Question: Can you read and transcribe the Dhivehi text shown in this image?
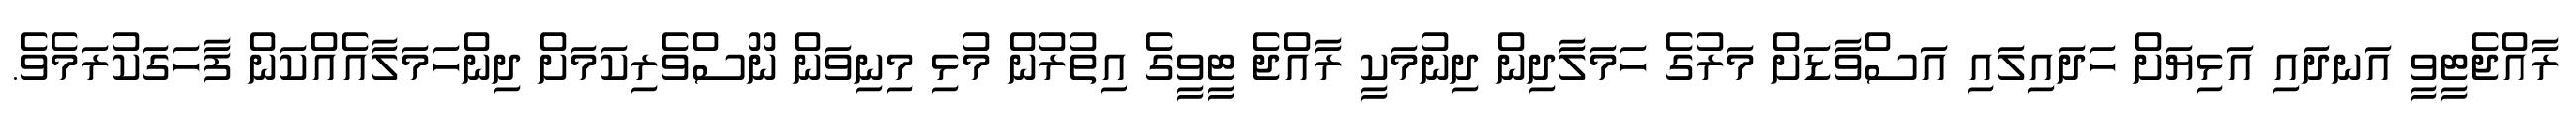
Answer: ރާއްޖެޓީވީ އަނދައި އަޅިޔަށް ހަދައިލައި އަސްވާޑަށް މަރުގެ ހަމަލާދިން ދިނުމަކީ ރާއްޖެ ޓީވީގެ އިތުރުން މުޅި މިނިވަން ނޫސްވެރިކަމަށް ދިންހަމަލާއެއްކަން ފާހަގަކުރަމެވެ.